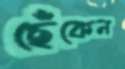
ছেঁকেন